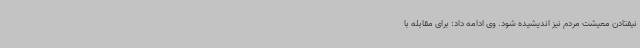
نیفتادن معیشت مردم نیز اندیشیده شود. وی ادامه داد: برای مقابله با